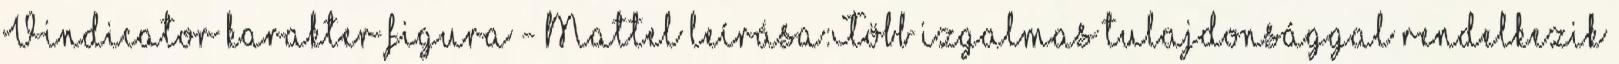
Vindicator karakter figura - Mattel leírása:Több izgalmas tulajdonsággal rendelkezik